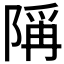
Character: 𫕋